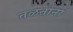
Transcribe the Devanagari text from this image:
तळताना